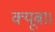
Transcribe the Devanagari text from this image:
क्यूबा।